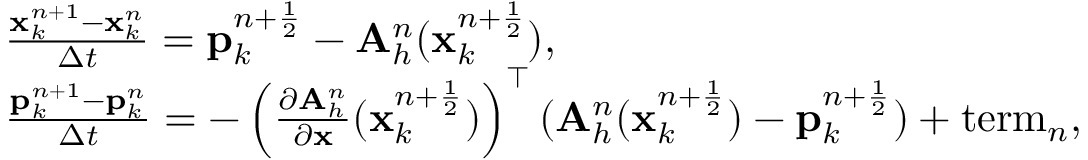
\begin{array} { r l } & { \frac { { \mathbf x } _ { k } ^ { n + 1 } - { \mathbf x } _ { k } ^ { n } } { \Delta t } = { \mathbf p } _ { k } ^ { n + \frac { 1 } { 2 } } - { \mathbf A } _ { h } ^ { n } ( { \mathbf x } _ { k } ^ { n + \frac { 1 } { 2 } } ) , } \\ & { \frac { { \mathbf p } _ { k } ^ { n + 1 } - { \mathbf p } _ { k } ^ { n } } { \Delta t } = - \left( \frac { \partial { \mathbf A } _ { h } ^ { n } } { \partial \mathbf x } ( { \mathbf x } _ { k } ^ { n + \frac { 1 } { 2 } } ) \right) ^ { \top } ( { \mathbf A } _ { h } ^ { n } ( { \mathbf x } _ { k } ^ { n + \frac { 1 } { 2 } } ) - { \mathbf p } _ { k } ^ { n + \frac { 1 } { 2 } } ) + \mathrm { t e r m } _ { n } , } \end{array}